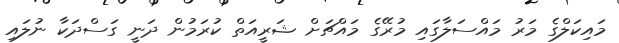
މައިކަލްގެ މަރު މައްސަލާގައި މުރޭގެ މައްޗަށް ޝަރީއަތް ކުރަމުން ދަނީ ގަސްދަކާ ނުލައި